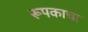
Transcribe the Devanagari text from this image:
रूपकाचा